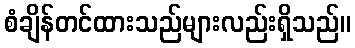
စံချိန်တင်ထားသည်များလည်းရှိသည်။